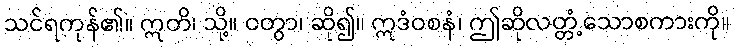
သင်ရကုန်၏။ ဣတိ၊ သို့။ ဝတွာ၊ ဆို၍။ ဣဒံဝစနံ၊ ဤဆိုလတ္တံ့သောစကားကို။